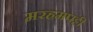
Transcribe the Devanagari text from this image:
मरहमपट्टी